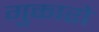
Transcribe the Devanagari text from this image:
गुकारो